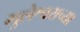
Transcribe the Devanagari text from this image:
भुलेश्वराच्या